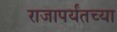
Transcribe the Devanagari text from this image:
राजापर्यंतच्या